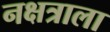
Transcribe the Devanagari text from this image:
नक्षत्राला